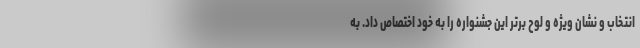
انتخاب و نشان ویژه و لوح برتر این جشنواره را به خود اختصاص داد. به